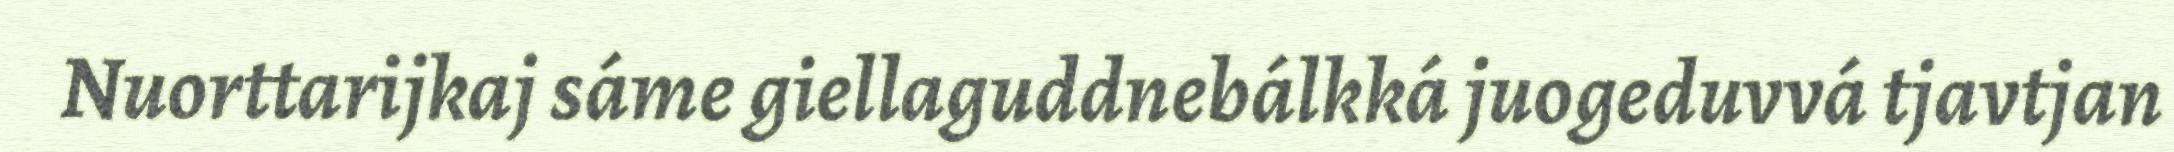
Nuorttarijkaj sáme giellaguddnebálkká juogeduvvá tjavtjan